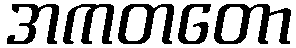
အကတတော